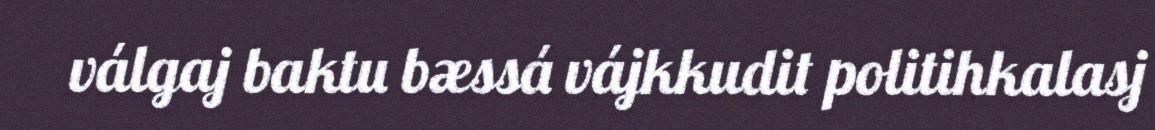
válgaj baktu bæssá vájkkudit politihkalasj